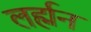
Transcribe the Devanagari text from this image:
लर्ह्मन